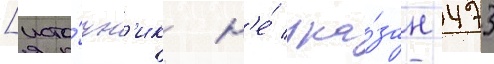
[исто́чн'ик н'е́ ука́зан 473